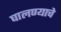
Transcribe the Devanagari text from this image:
घालण्‍याचे